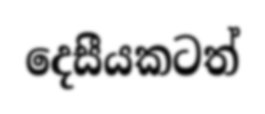
දෙසීයකටත්